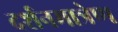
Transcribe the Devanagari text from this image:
दर्शनमात्रेण